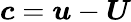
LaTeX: \boldsymbol{c}=\boldsymbol{u}-\boldsymbol{U}